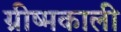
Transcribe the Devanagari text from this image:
ग्रीष्मकाली